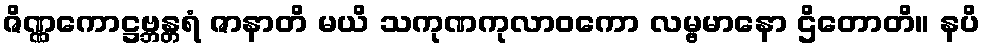
ဇိဏ္ဏကောဋ္ဌဗ္ဘန္တရံ ဇာနာတိ မယိ သကုဏကုလာဝကော လမ္ဗမာနော ဌိတောတိ။ နပိ